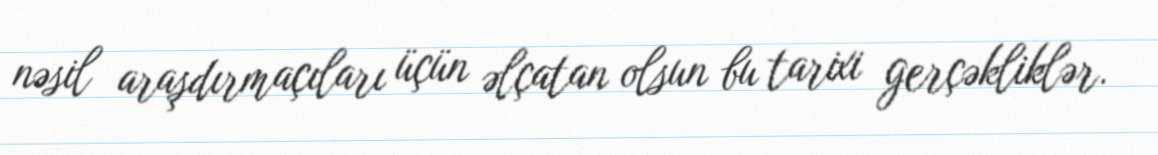
nəsil araşdırmaçıları üçün əlçatan olsun bu tarixi gerçəkliklər.